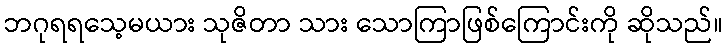
ဘဂုရရသေ့မယား သုဇိတာ သား သောကြာဖြစ်ကြောင်းကို ဆိုသည်။